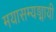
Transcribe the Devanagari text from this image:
मयासम्यङ्मायी